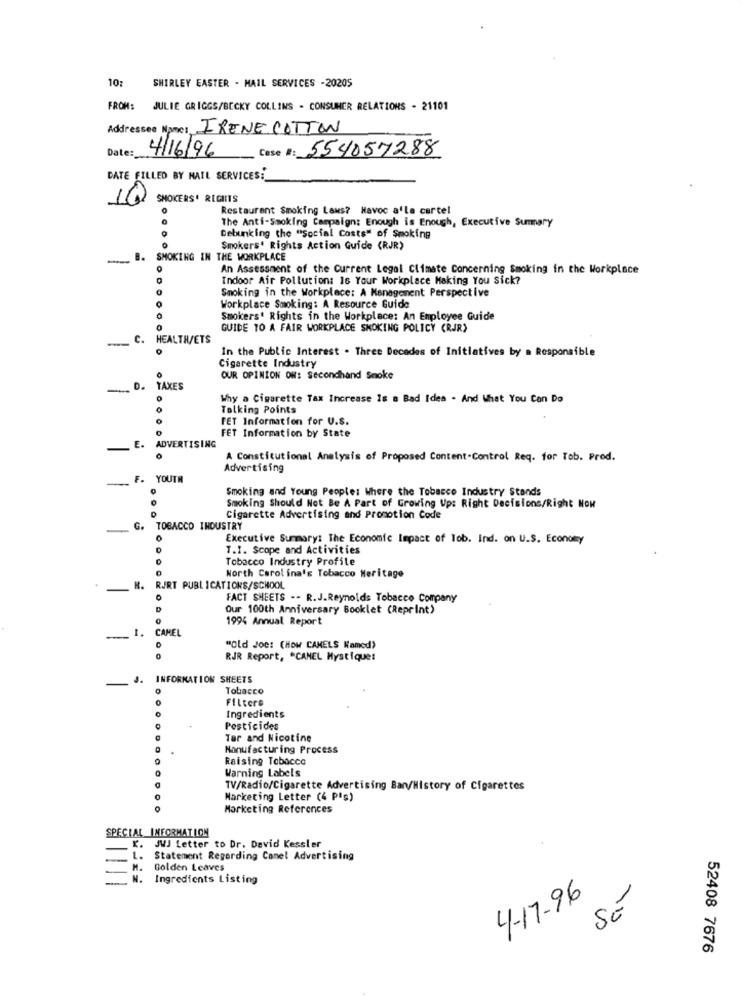
10:
SHIRLEY EASTER - MAIL SERVICES -20205
FROM:
JULIE GRIGGS/BECKY COLLINS - CONSUMER RELATIONS - 21101
Addresses Nome: IRENE COTTON
Date:
4/16/96
Cose #: 554057288
DATE FILLED BY MAIL SERVICES
10
SMOKERS' RIGHTS
Restaurant Smoking Laws? Havoc a'la cartel
The Anti-Smoking Campaign: Enough is Enough, Executive Summary
Debunking the "Social Costs" of Smoking
Smokers' Rights Action Guide (RJR)
SMOKING IN THE WORKPLACE
An Assessment of the Current Legal Climate Concerning Smoking in the Workplace
Indoor Air Pollution: 16 Your Workplace Making You Sick?
Smoking in the Workplace: A Management Perspective
Workplace Smoking: A Resource Guide
Smokers' Rights in the Workplace: An Employee Guide
GUIDE TO A FAIR WORKPLACE SMOKING POLICY (RJR)
.... C. HEALTH/ETS
In the Public Interest . Three Decades of Initiatives by a Responsible
Cigarette Industry
OUR OPINION OW: Secondhand Smoke
-
D. TAXES
Why a Cigarette Tax Increase Is a Bad Idea . And What You Can Do
Talking Points
TET Information for U.S.
FET Information by State
E. ADVERTISING
A Constitutional Analysis of Proposed Content-Control Req. for Tob. Prod.
Advertising
F. YOUTH
Smoking and Young People: Where the Tobacco Industry Stands
Smoking Should Not Be A Part of Growing Up: Right Decisions/Right Now
Cigarette Advertising and Promotion Code
_ G. TOBACCO INDUSTRY
Executive Summary: The Economic Impact of Tob. Ind. on U.S. Economy
T.I. Scope and Activities
Tobacco Industry Profile
North Carolina's Tobacco Heritage
-
H. RURT PUBLICATIONS/SCHOOL
FACT SHEETS -- R.J.Reynolds Tobacco Company
Our 100th Anniversary Booklet (Reprint)
1994 Annual Report
1. CAMEL
"Old Joe: (How CAMELS Wamed)
RJR Report, "CANEL Mystique:
J. INFORMATION SHEETS
Tobacco
Filtere
Ingredients
Pesticides
Tar and Nicotine
Manufacturing Process
Raising Tobacco
Warning Labels
TV/Radio/Cigarette Advertising Ban/History of Cigarettes
Marketing Letter (4 Plg)
Marketing References
SPECIAL INFORMATION
K. JWJ Letter to Dr. David Kessler
L.
Statement Regarding Canel Advertising
Golden Leaves
N. Ingredients Listing
4-17-96
SÉ
52408 7676